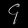
Digit: ၄